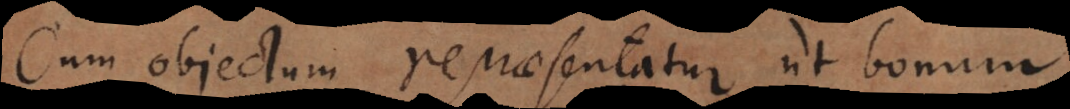
Cum objectum repraesentatur ut bonum